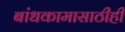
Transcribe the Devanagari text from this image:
बांधकामासाठीही